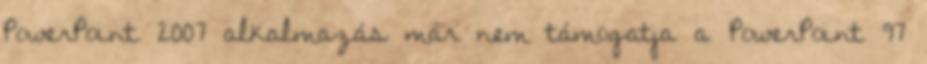
PowerPoint 2007 alkalmazás már nem támogatja a PowerPoint 97